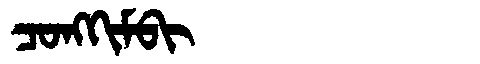
Manchu: ᠴᠣᠩᡴᡳᠮᠪᡳ
Romanization: CONGKIMBI